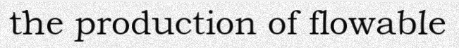
the production of flowable